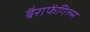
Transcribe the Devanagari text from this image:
बैराफेंगिल्स